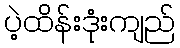
ပဲ့ထိန်းဒုံးကျည်